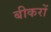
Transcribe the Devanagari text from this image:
बीकरों